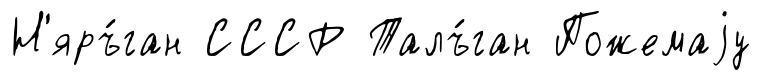
Н'яръ́ган СССР Талъ́ган Пожемаjу